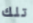
تلك